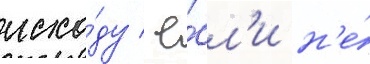
исхо́ду / е́сл'и н'е́